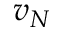
v _ { N }